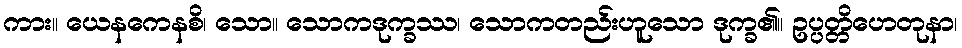
ကား။ ယေနကေနစိ၊ သော။ သောကဒုက္ခဿ၊ သောကတည်းဟူသော ဒုက္ခ၏။ ဥပ္ပတ္တိဟေတုနာ၊